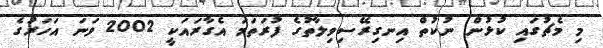
މި މެޗުގައި ކުޅުން ނުކުތް އިނގިރޭސިވިލާތުގެ ފުރަތަމަ އެގާރައަކީ 2002 ވަނަ އަހަރުގެ